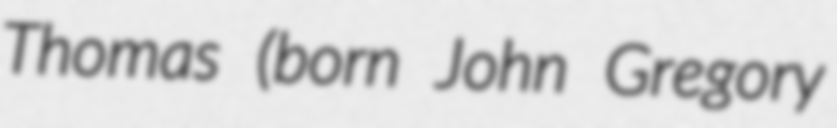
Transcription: Thomas (born John Gregory